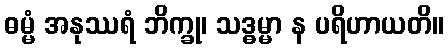
ဓမ္မံ အနုဿရံ ဘိက္ခု၊ သဒ္ဓမ္မာ န ပရိဟာယတိ။